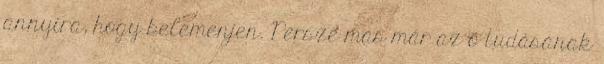
annyira, hogy belemenjen. Persze más már az ő tudásának